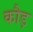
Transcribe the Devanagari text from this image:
कौड़